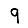
Digit: 9